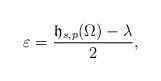
LaTeX: \begin{align*}\varepsilon=\frac{\mathfrak{h}_{s,p}(\Omega)-\lambda}{2},\end{align*}